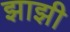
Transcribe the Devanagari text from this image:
झाझी